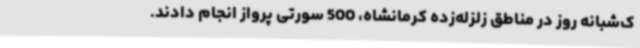
ک‌شبانه روز در مناطق زلزله‌زده کرمانشاه، 500 سورتی پرواز انجام دادند.